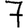
Digit: 7